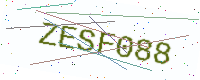
Text: ZESF088